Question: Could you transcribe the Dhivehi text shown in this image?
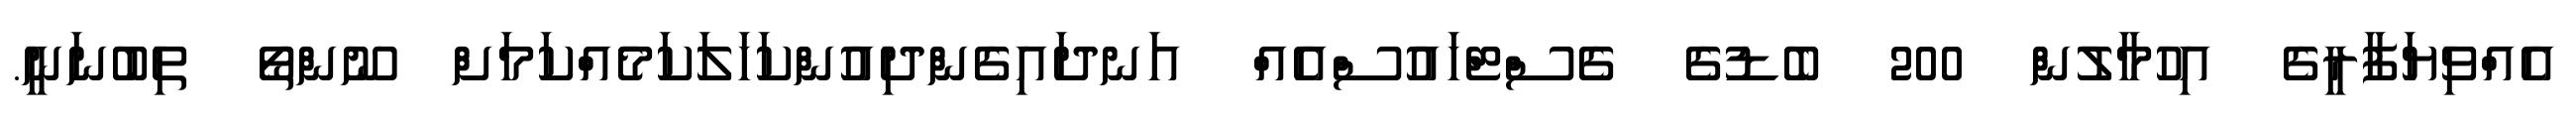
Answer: އެއްވިޔަފާރީގެ އިހުމާލުން 200 ބެޑުގެ ގެސްޓްހައުސްއެއް އަނދައިގެންދިއުންކަހަލަކަމެއްކަމަށް ނޫންތޯ ތިބުނަނީ.